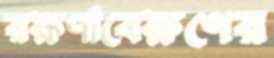
রক্ষণাবেক্ষণের